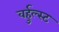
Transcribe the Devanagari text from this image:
वर्हुल्स्ट